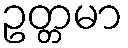
ဥတ္တမာ